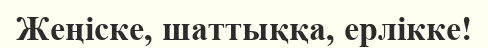
Жеңіске, шаттыққа, ерлікке!